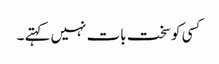
کسی کو سخت بات نہیں کہتے ۔